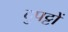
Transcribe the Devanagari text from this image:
दुपट्टों